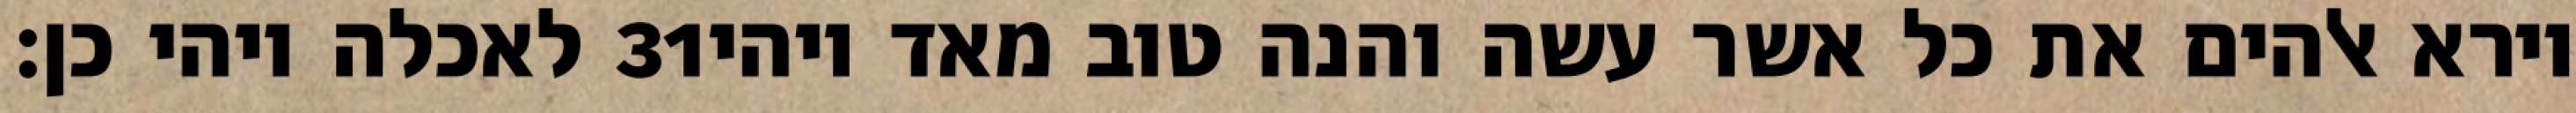
לאכלה ויהי כן׃ ‎31‏ וירא אלהים את כל אשר עשה והנה טוב מאד ויהי